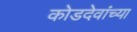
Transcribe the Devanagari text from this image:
कोडदेवांच्या